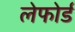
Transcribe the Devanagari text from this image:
लेफोर्ड